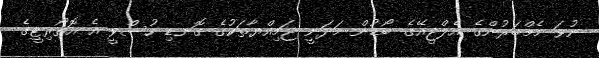
ނުވަ މެމްބަރުންގެ އެލްޖީއޭގެ ބޯޑުން މަދަނީ ޖަމިއްޔާތަކުގެ ގޮނޑި ހުސްވީ އެ އޮތޯރިޓީގެ